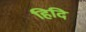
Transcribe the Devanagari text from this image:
हिदि